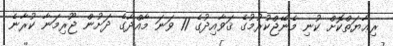
ރިޢާޔަތްކޮށް ކުނި މެނޭޖްކުރުމުގެ ޤަވާއިދުުގެ 11 ވަނަ މާއްދާގެ ދަށުން ޖޫރިމަނާ ކުރާނެ